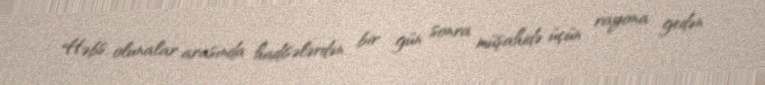
Həbs olunalar arasında hadisələrdən bir gün sonra müşahidə üçün rayona gedən